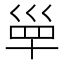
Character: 𡿼